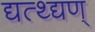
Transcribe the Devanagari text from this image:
द्यत्थ्द्यण्